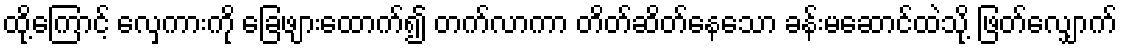
ထို့ကြောင့် လှေကားကို ခြေဖျားထောက်၍ တက်လာကာ တိတ်ဆိတ်နေသော ခန်းမဆောင်ထဲသို့ ဖြတ်လျှောက်